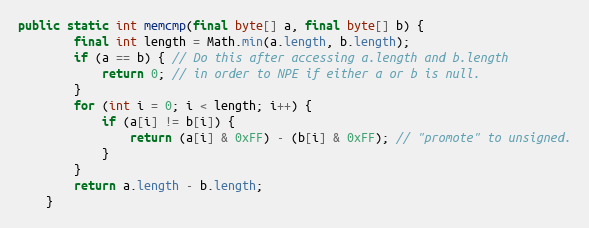
Language: Java
public static int memcmp(final byte[] a, final byte[] b) {
        final int length = Math.min(a.length, b.length);
        if (a == b) { // Do this after accessing a.length and b.length
            return 0; // in order to NPE if either a or b is null.
        }
        for (int i = 0; i < length; i++) {
            if (a[i] != b[i]) {
                return (a[i] & 0xFF) - (b[i] & 0xFF); // "promote" to unsigned.
            }
        }
        return a.length - b.length;
    }